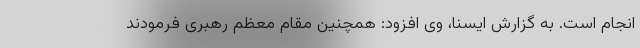
انجام است. به گزارش ایسنا، وی افزود: همچنین مقام معظم رهبری فرمودند